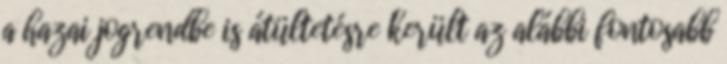
a hazai jogrendbe is átültetésre került az alábbi fontosabb